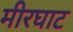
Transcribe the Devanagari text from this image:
मीरघाट